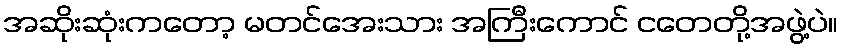
အဆိုးဆုံးကတော့ မတင်အေးသား အကြီးကောင် ငတေတို့အဖွဲ့ပဲ။